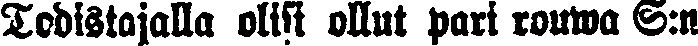
Todistajalla olisi ollut pari rouwa S:n